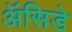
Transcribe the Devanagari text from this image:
ॲसिडे